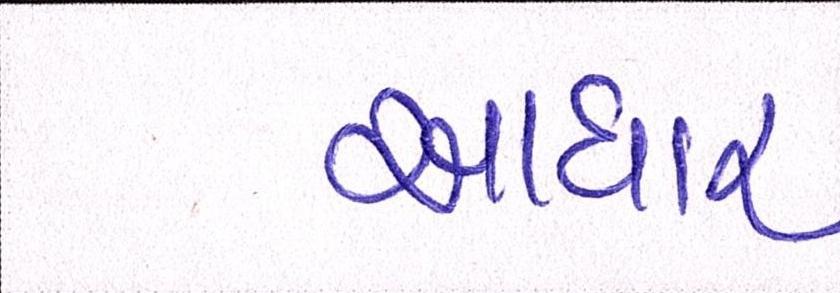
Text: આધાર